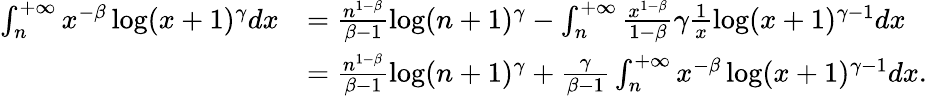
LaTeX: \begin{array}{rl}{\int_{n}^{+\infty}x^{-\beta}\log(x+1)^{\gamma}dx}&{=\frac{n^{1-\beta}}{\beta-1}\log(n+1)^{\gamma}-\int_{n}^{+\infty}\frac{x^{1-\beta}}{1-\beta}\gamma\frac{1}{x}\log(x+1)^{\gamma-1}dx}\\ &{=\frac{n^{1-\beta}}{\beta-1}\log(n+1)^{\gamma}+\frac{\gamma}{\beta-1}\int_{n}^{+\infty}x^{-\beta}\log(x+1)^{\gamma-1}dx.}\end{array}